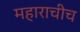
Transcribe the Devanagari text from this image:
महाराचीच